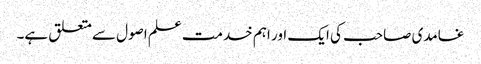
غامدی صاحب کی ایک اور اہم خدمت علم اصول سے متعلق ہے۔